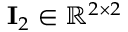
\mathbf { I } _ { 2 } \in \mathbb { R } ^ { 2 \times 2 }